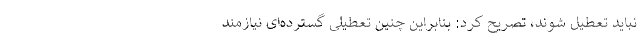
نباید تعطیل شوند، تصریح کرد: بنابراین چنین تعطیلی گسترده‌ای نیازمند